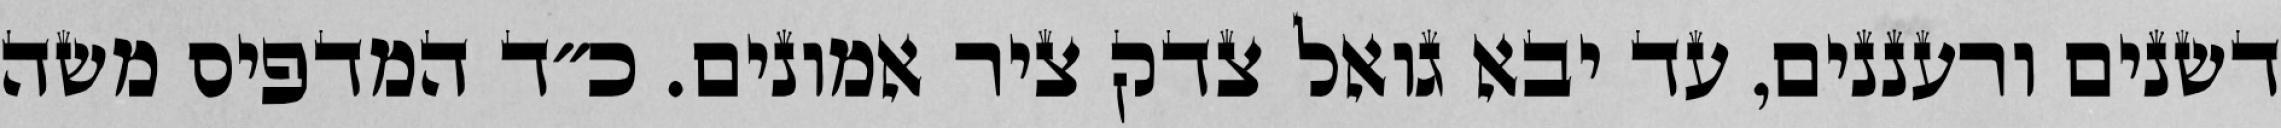
דשנים ורעננים, עד יבא גואל צדק ציר אמונים. כ״ד המדפיס משה